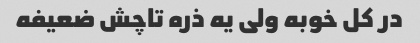
در کل خوبه ولی یه ذره تاچش ضعیفه